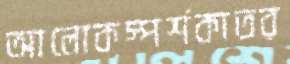
আলোকস্পর্শকাতর